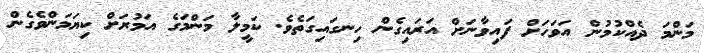
މަންމަ ދެއްކުމުން އަވަހަށް ފައިވާނަށް އަރައިގެން ހިނގައިގަތެވެ. ކަމީލާ މަންމަގެ އަމުރަށް ކިޔަމަންވެގެން